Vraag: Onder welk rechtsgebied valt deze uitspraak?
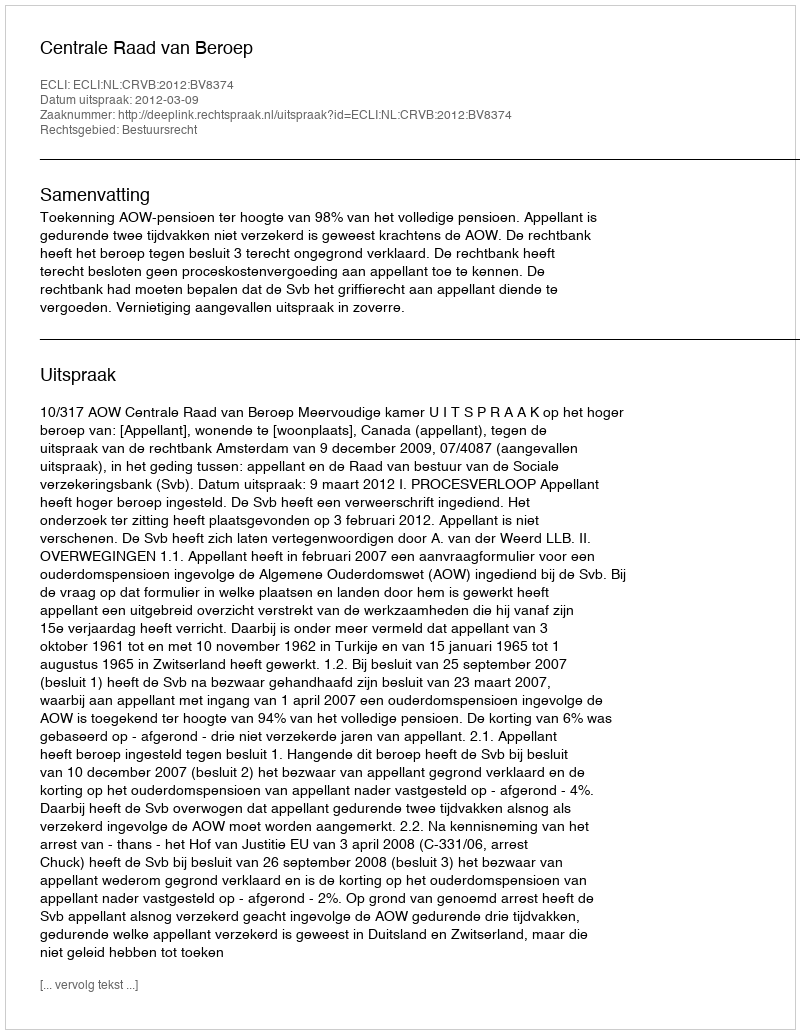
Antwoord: Bestuursrecht